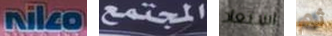
Niko المجتمع استعاد ثم